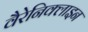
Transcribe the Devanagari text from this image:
वैरेनिक्लाइन